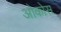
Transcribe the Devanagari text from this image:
ओकोस